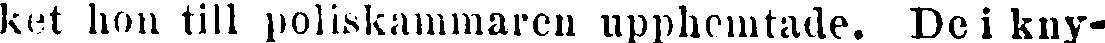
ket hon till poliskammaren upphemtade. De i kny-